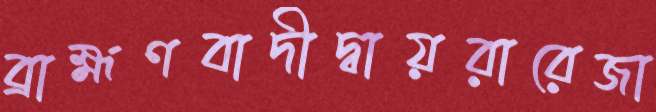
ব্রাহ্মণবাদীদ্বায়রারেজা